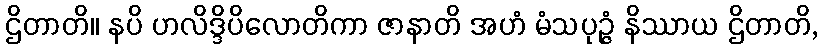
ဌိတာတိ။ နပိ ဟလိဒ္ဒိပိလောတိကာ ဇာနာတိ အဟံ မံသပုဉ္ဇံ နိဿာယ ဌိတာတိ,